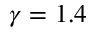
\gamma = 1 . 4